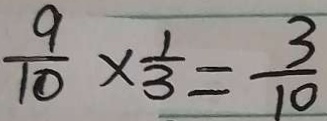
\frac { 9 } { 1 0 } \times \frac { 1 } { 3 } = \frac { 3 } { 1 0 }